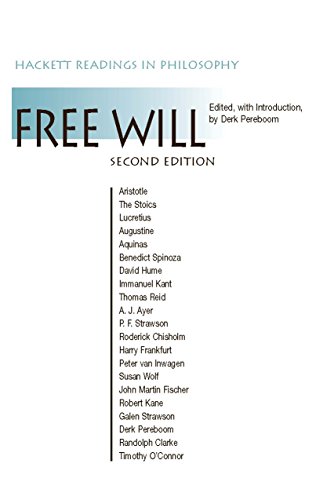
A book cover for Free Will (Hackett Readings in Philosophy); Politics & Social Sciences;